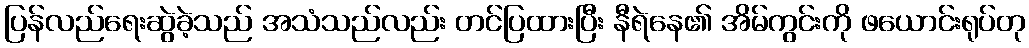
ပြန်လည်ရေးဆွဲခဲ့သည် အသံသည်လည်း တင်ပြထားပြီး နီရဲနေ၏ အိမ်ကွင်းကို ဖယောင်းရုပ်တု